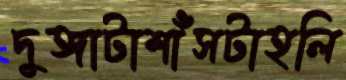
দুঙ্গাটাশাঁসটাহলি